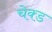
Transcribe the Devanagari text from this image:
चेक्ड